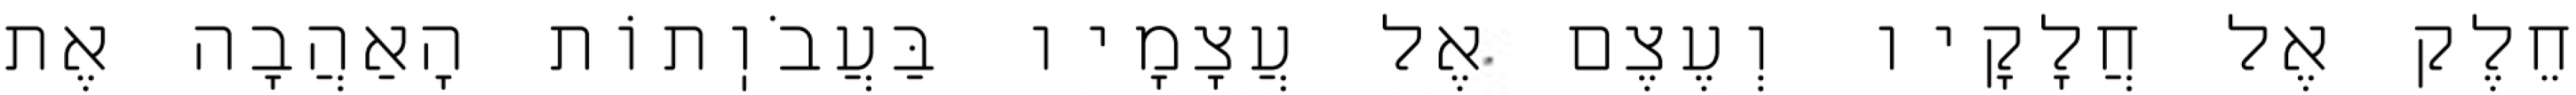
חֵלֶק אֶל חֲלָקָיו וְעֶצֶם אֶל עֲצָמָיו בַּעֲבֹוֽתוֹת הָאַהֲבָה אֶת